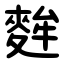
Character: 麰